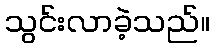
သွင်းလာခဲ့သည်။